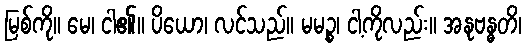
မြစ်ကို။ မေ၊ ငါ၏။ ပိယော၊ လင်သည်။ မမဉ္စ၊ ငါ့ကိုလည်း။ အနုဗန္ဓတိ၊